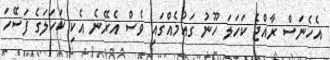
އެހެނަސް ރާއްޖެ ކަހަލަ ހޫނު ގައުމެއްގައި ވެސް އެރޭނެ އެކި ކަހަލަގެ ފަސޭހަ